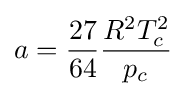
a={\frac {27}{64}}{\frac {R^{2}T_{c}^{2}}{p_{c}}}